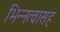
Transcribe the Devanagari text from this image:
भिन्नत्वासह